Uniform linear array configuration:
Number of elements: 12
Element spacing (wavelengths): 0.5
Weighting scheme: exponential
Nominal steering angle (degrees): -15
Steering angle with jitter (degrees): -15.48
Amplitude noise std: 0.05
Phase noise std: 0.05

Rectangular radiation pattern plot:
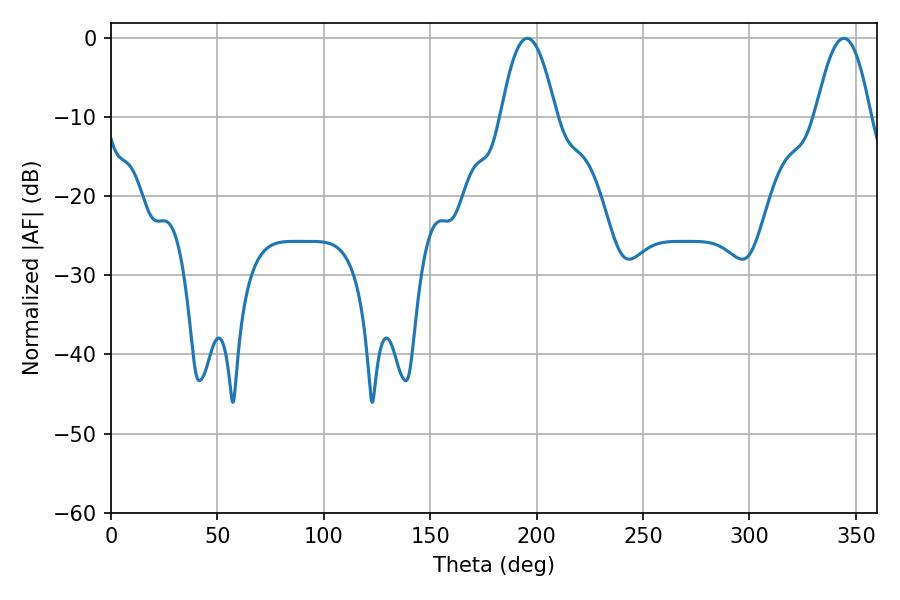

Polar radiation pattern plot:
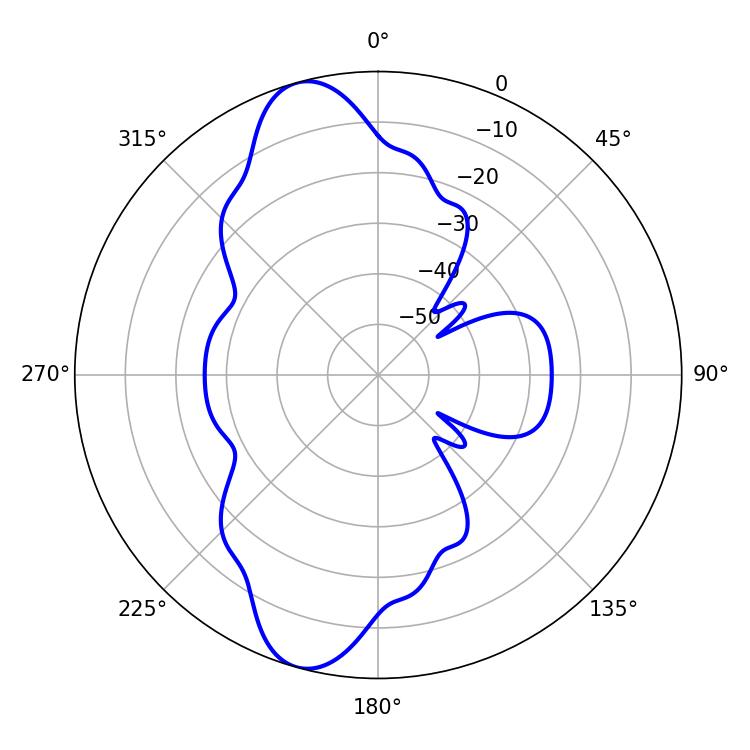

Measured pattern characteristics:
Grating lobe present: FALSE
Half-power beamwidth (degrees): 14.04
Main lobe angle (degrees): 195.66